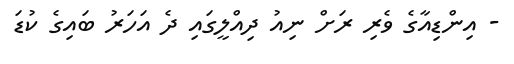
- އިންޑިއާގެެ ވެރި ރަށް ނިއު ދިއްލީގައި ދެ އަަހަރު ބައިގެ ކުޑަ